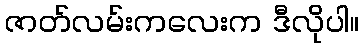
ဇာတ်လမ်းကလေးက ဒီလိုပါ။